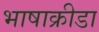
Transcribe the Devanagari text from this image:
भाषाक्रीडा